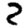
Digit: 2